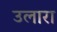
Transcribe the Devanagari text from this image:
उलारा